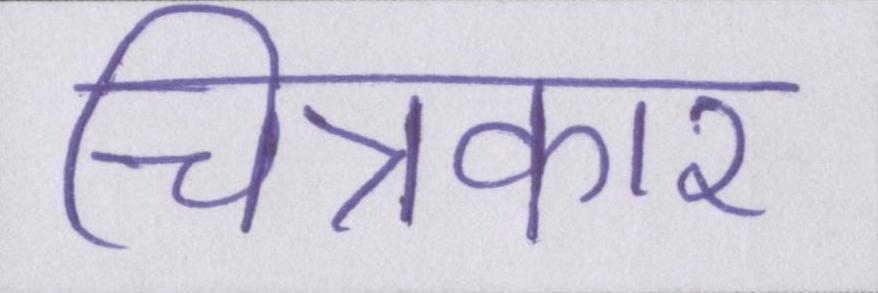
चित्रकार